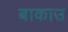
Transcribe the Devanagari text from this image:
बाकाउ